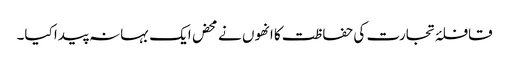
قافلۂ تجارت کی حفاظت کا انھوں نے محض ایک بہانہ پیدا کیا۔